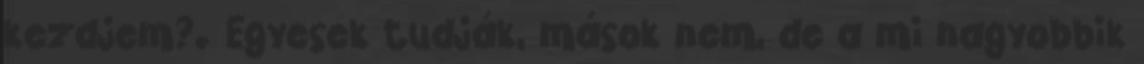
kezdjem?. Egyesek tudják, mások nem, de a mi nagyobbik